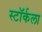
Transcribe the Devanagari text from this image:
स्टॉर्कला